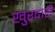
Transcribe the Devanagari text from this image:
खुरदारी